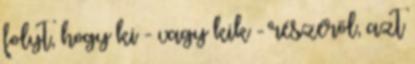
folyt, hogy ki - vagy kik - részéről, azt